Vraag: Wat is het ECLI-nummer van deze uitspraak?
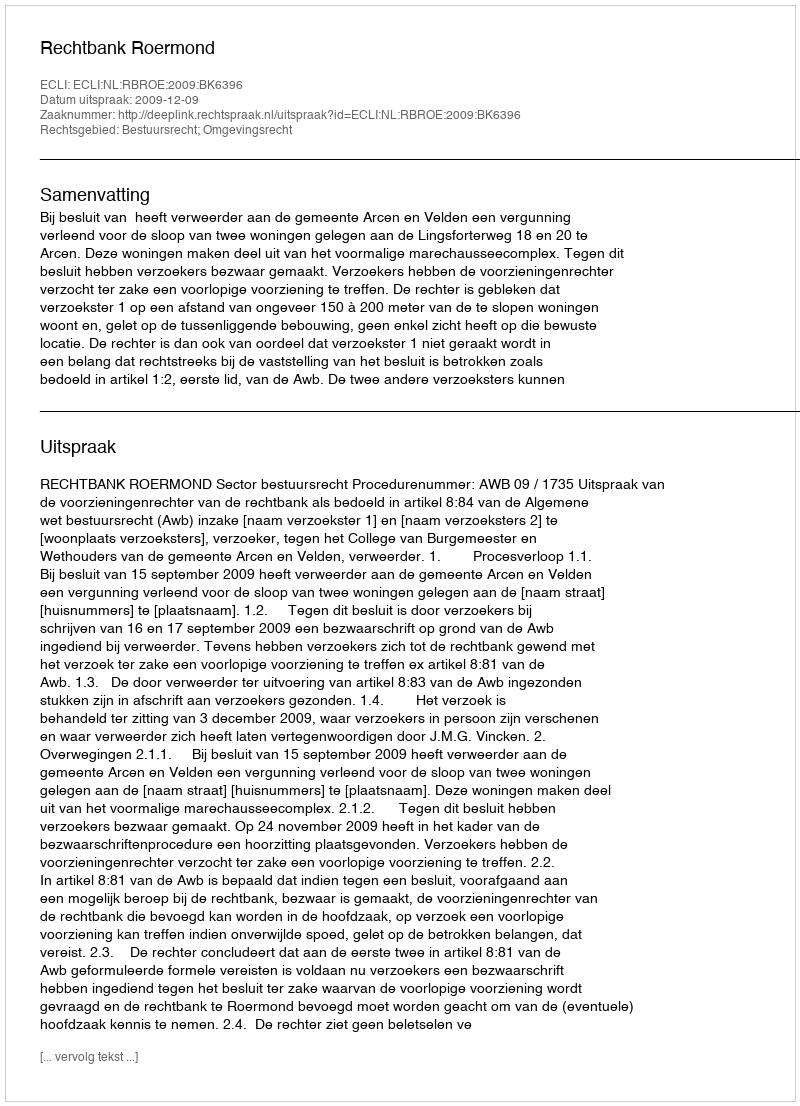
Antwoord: ECLI:NL:RBROE:2009:BK6396